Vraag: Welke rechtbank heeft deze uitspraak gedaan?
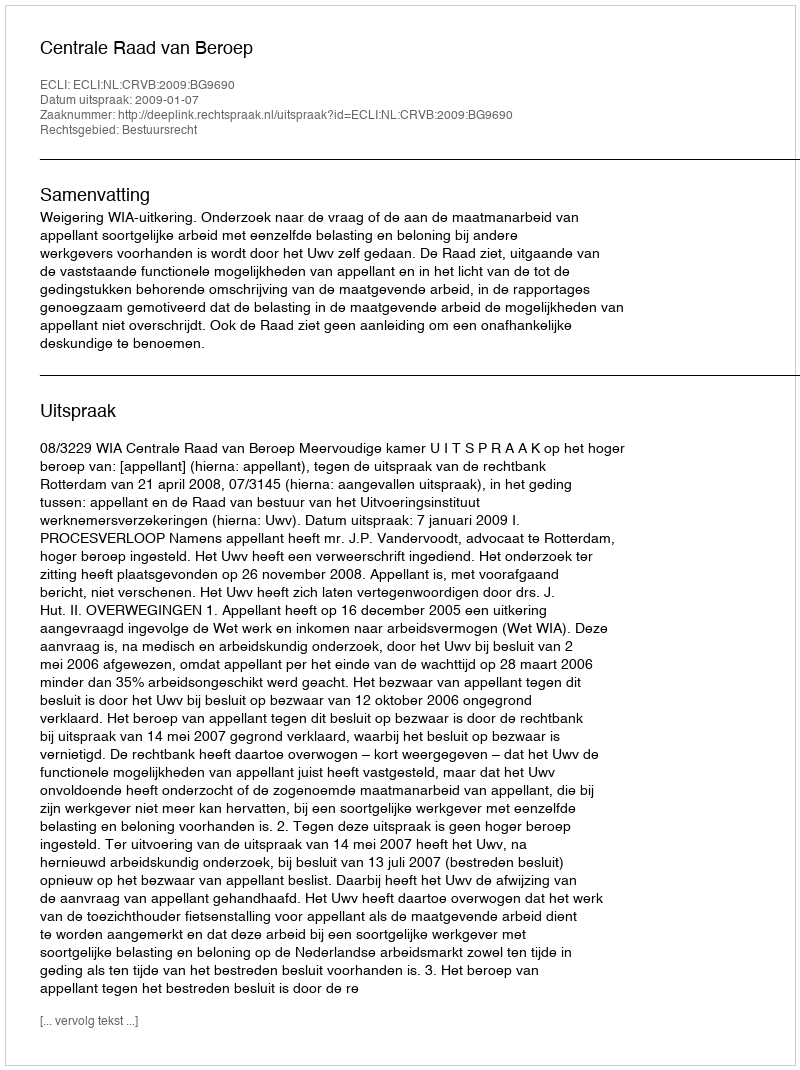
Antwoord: Centrale Raad van Beroep